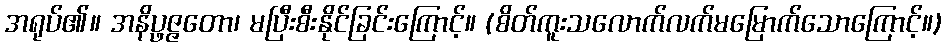
အရုပ်၏။ အနိပ္ဖဇ္ဇတော၊ မပြီးစီးနိုင်ခြင်းကြောင့်။ (စိတ်ကူးသလောက်လက်မမြောက်သောကြောင့်။)